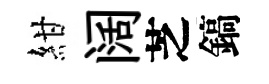
紺阔芝鎬